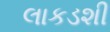
લાકડશી